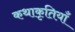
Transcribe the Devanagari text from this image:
कथाकृतियाँ